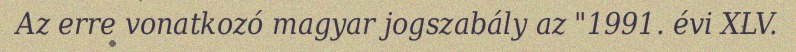
Az erre vonatkozó magyar jogszabály az "1991. évi XLV.